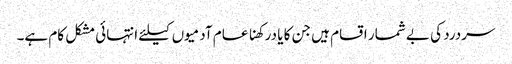
سردرد کی بے شمار اقسام ہیں جن کا یا درکھنا عام آدمیوں کیلئے انتہائی مشکل کام ہے۔